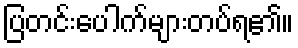
ပြတင်းပေါက်များတပ်ရ၏။